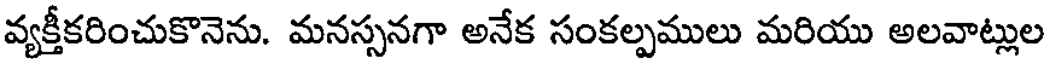
వ్యక్తీకరించుకొనెను. మనస్సనగా అనేక సంకల్పములు మరియు అలవాట్లుల